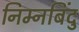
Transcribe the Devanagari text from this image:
निम्नबिंदु